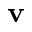
\textbf { v }